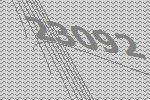
23092